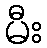
မီး